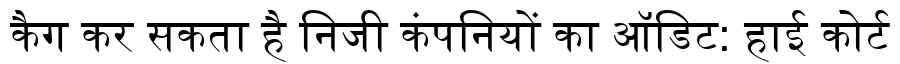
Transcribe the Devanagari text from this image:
कैग कर सकता है निजी कंपनियों का ऑडिट: हाई कोर्ट